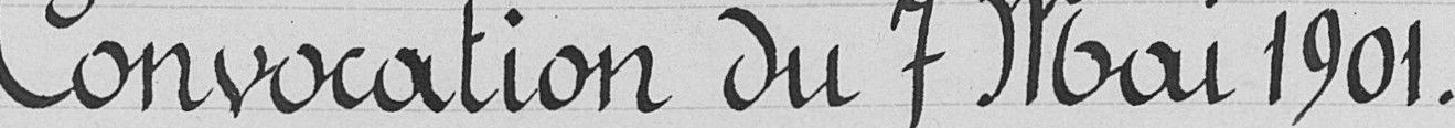
Convocation du 7 Mai 1901